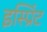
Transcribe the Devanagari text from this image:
इस्प्रिंट